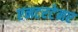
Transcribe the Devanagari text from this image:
एनटरटेनर